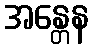
အန္တေန